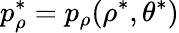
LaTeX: p_{\rho}^{\ast}=p_{\rho}(\rho^{\ast},\theta^{\ast})